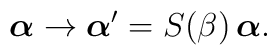
\hbox{\boldmath $\alpha$}\to	\hbox{\boldmath $\alpha$}^\prime=S(\beta)\,\hbox{\boldmath $\alpha$}.